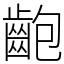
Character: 齙